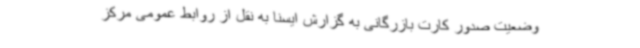
وضعیت صدور کارت بازرگانی به گزارش ایسنا به نقل از روابط عمومی مرکز